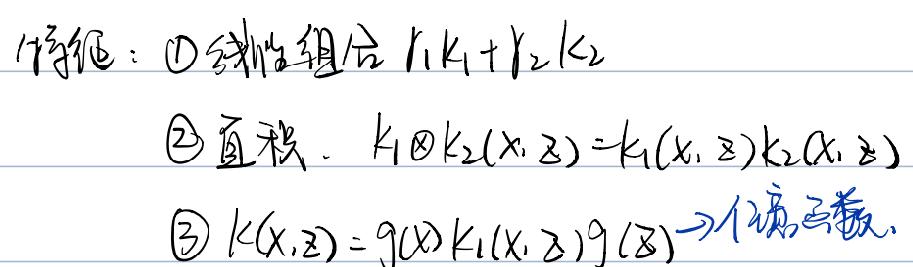
伸缩：$\textcircled{1}$线性组合$r_1k_1 + r_2k_2$
$\textcircled{2}$直积. $k_1\otimes k_2(x,z)=k_1(x,z)k_2(x,z)$
$\textcircled{3}$$k(x,z)=g(x)k_1(x,z)g(z)$→伪余弦核.